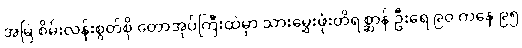
အမြဲ စိမ်းလန်းစွတ်စို တောအုပ်ကြီးထဲမှာ သားမွှေးဖုံးတိရစ္ဆာန် ဦးရေ ၉၀ ကနေ ၉၅